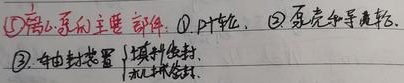
\textcircled{1}离心泵的主要部件：\textcircled{1}叶轮、\textcircled{2}泵壳和导轮、\textcircled{3} 轴封装置
\(\begin{cases}
\text{填料密封}, \\
\text{机械密封}.
\end{cases}\)